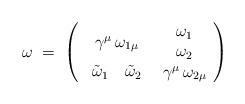
LaTeX: \begin{align*}\omega\;=\;\left( \begin{array}{cc}\gamma^\mu\,\omega_{1\mu} &\begin{array}{c} \omega_1 \\ \omega_2\end{array} \\\begin{array}{cc}\tilde\omega_1\,& \tilde\omega_2\end{array} & \gamma^\mu\,\omega_{2\mu}\end{array} \right)\end{align*}